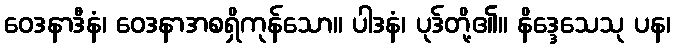
ဝေဒနာဒီနံ၊ ဝေဒနာအစရှိကုန်သော။ ပါဒနံ၊ ပုဒ်တို့၏။ နိဒ္ဒေသေသု ပန၊